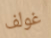
غولف